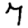
Digit: 7